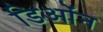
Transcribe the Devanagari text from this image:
डिओंन